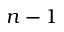
n - 1